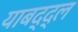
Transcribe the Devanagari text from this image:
याबद्द्ल